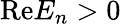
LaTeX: \mathrm{Re}E_{n}>0